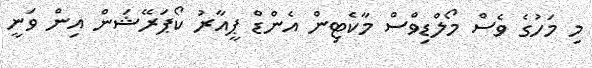
މި މަހުގެ ވެސް މޯލްޑިވްސް މާކެޓިން އެންޑް ޕީއާރު ކޯޕަރޭޝަން އިން ވަނީ